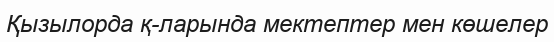
Қызылорда қ-ларында мектептер мен көшелер